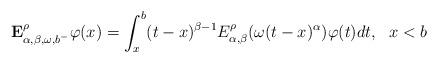
LaTeX: \begin{align*} \textbf{ E}^\rho_{\alpha, \beta, \omega,b^-}\varphi(x)=\int_x^b (t-x)^{\beta-1} E_{\alpha,\beta}^\rho (\omega (t-x)^\alpha)\varphi(t) dt,~~x<b\end{align*}